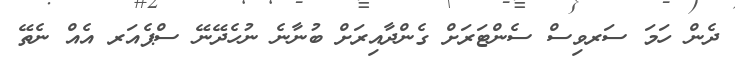
ދެން ހަމަ ސަރވިސް ސެންޓަރަށް ގެންދާއިރަށް ބުނާނެ ނުހެދޭނޭ ސްޕެއަރ އެއް ނެތޭ